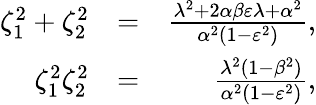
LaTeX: \begin{array}{rlr}{\zeta_{1}^{2}+\zeta_{2}^{2}}&{=}&{\frac{\lambda^{2}+2\alpha\beta\varepsilon\lambda+\alpha^{2}}{\alpha^{2}(1-\varepsilon^{2})},}\\ {\zeta_{1}^{2}\zeta_{2}^{2}}&{=}&{\frac{\lambda^{2}(1-\beta^{2})}{\alpha^{2}(1-\varepsilon^{2})},}\end{array}